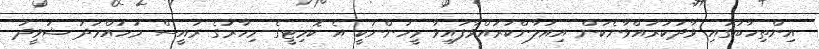
އިންތިހާބުގައި ވާދަކުރައްވާނެކަން އިއުލާންކުރައްވާފައިވާ މީހުންނަކީ އެ ކޮމިޓީގެ މިހާރުގެ ރައީސް މުހައްމަދު ޝަވީދު